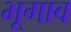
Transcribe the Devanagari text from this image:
भूगाव